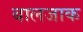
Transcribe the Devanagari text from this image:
बालजाक